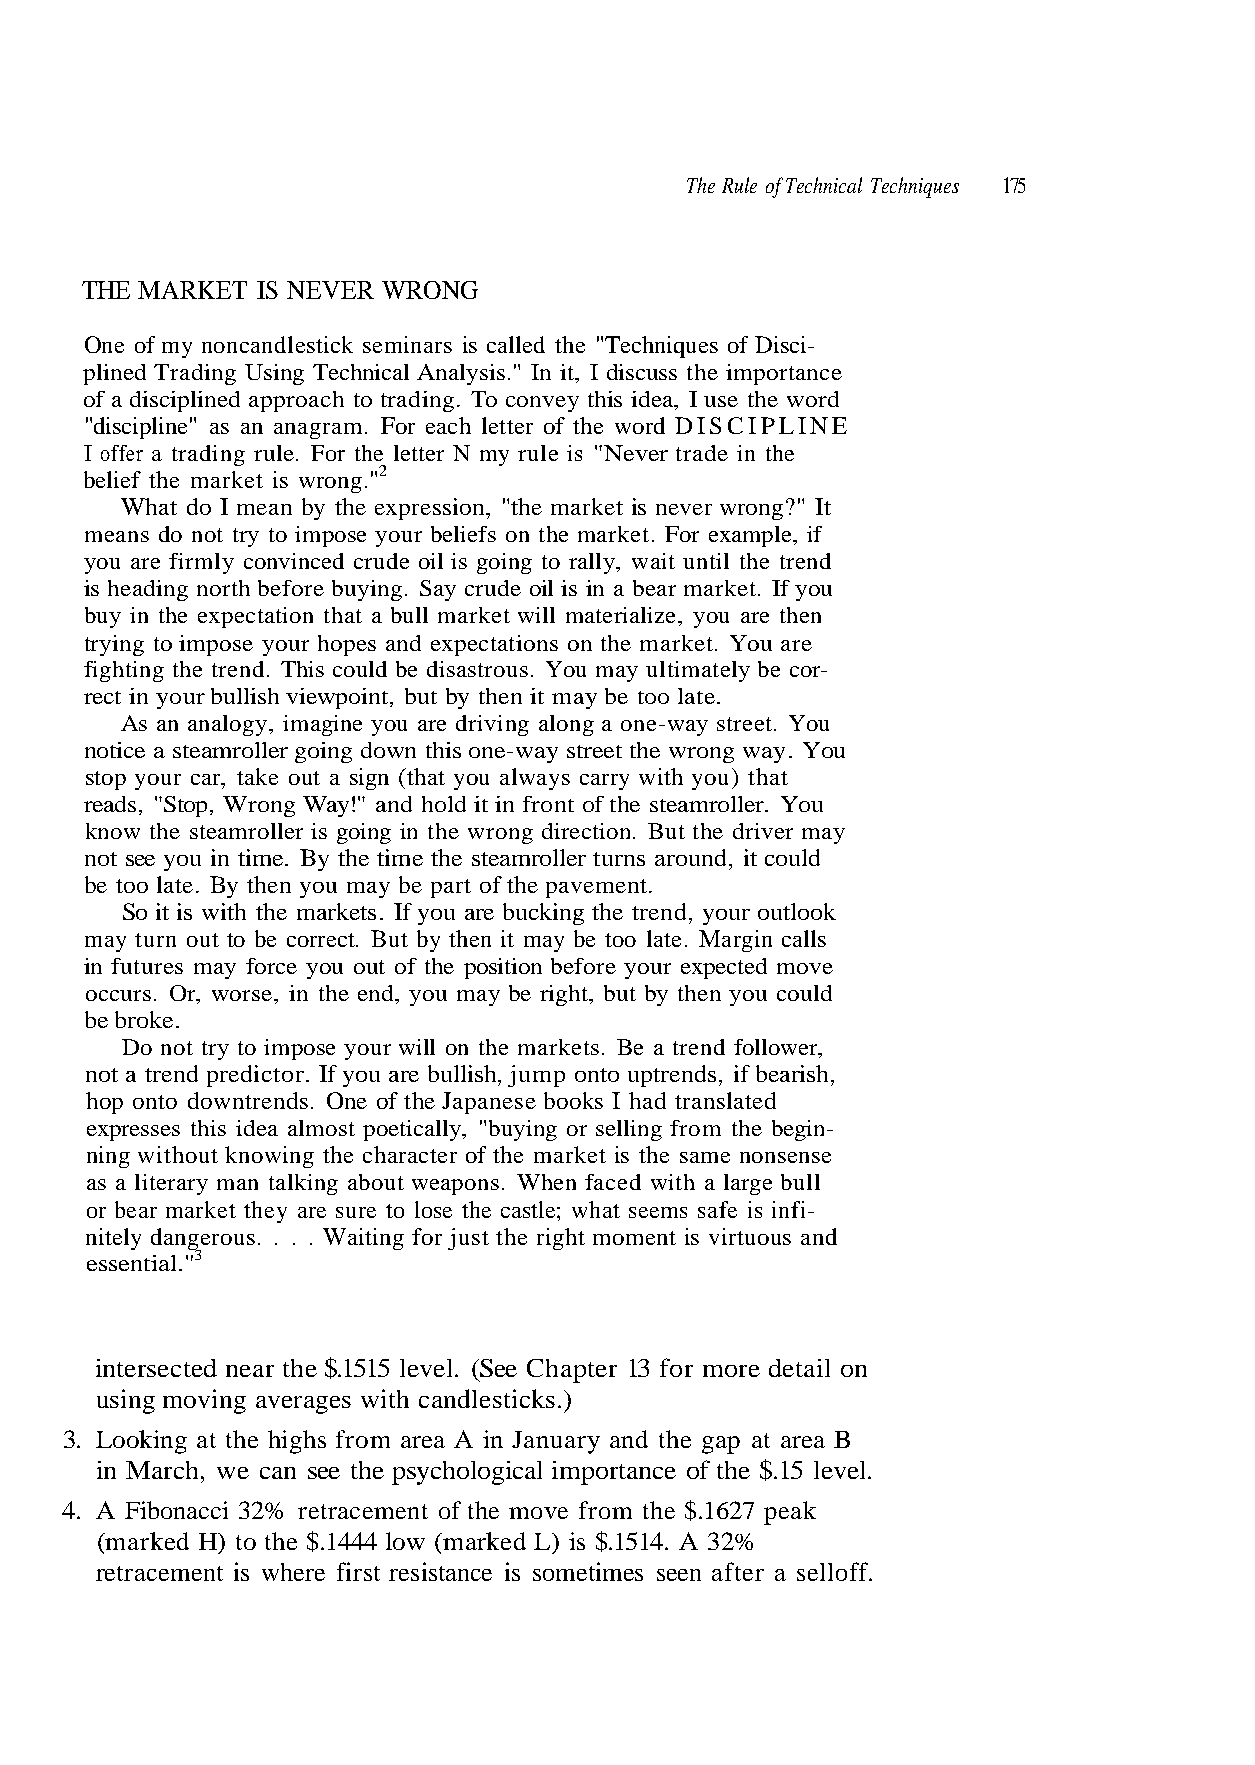
THE MARKET  IS NEVER WRONG
 One of my noncandlestick seminars is called the "Techniques of Disci-
 of a disciplined approach to trading. To convey this idea, I use the word
 I offer a trading rule. For the letter N my rule is "Never trade in the
 belief the market is wrong."2
 What do I mean by the expression, "the market is never wrong?" It
 means do not try to impose your beliefs on the market. For example, if
 you are firmly convinced crude oil is going to rally, wait until the trend
 is heading north before buying. Say crude oil is in a bear market. If you
 buy in the expectation that a bull market will materialize, you are then
 trying to impose your hopes and expectations on the market. You are
 rect in your bullish viewpoint, but by then it may be too late.
 stop your car, take out a sign (that you always carry with you) that
 know the steamroller is going in the wrong direction. But the driver may
 be too late. By then you may be part of the pavement.
 So it is with the markets. If you are bucking the trend, your outlook
 may turn out to be correct. But by then it may be too late. Margin calls
 occurs. Or, worse, in the end, you may be right, but by then you could
 be broke.
 not a trend predictor. If you are bullish, jump onto uptrends, if bearish,
 as a literary man talking about weapons. When faced with a large bull
 nitely dangerous. . . . Waiting for just the right moment is virtuous and
 essential."3
 intersected near the $.1515 level. (See Chapter 13 for more detail on
 3. Looking at the highs from area A in January and the gap at area B
 in March, we can see the psychological importance of the $.15 level.
 4. A Fibonacci 32% retracement of the move from the $.1627 peak
 (marked H) to the $.1444 low (marked L) is $.1514. A 32%
 - n i g e b e h t m o
 r,
 r
 e
 f
 w
 g
 o
 n
 foll
 elli
 nfi-
 off.
 end
 or s
 e is i
 sell
 r
 f
 a
 a t
 ng
 s sa
 ter
 r-
 Be
 yi
 em
 af
 o
 u
 e
 n
 e c
 .
 b
 s
 ee
 plined Trading Using Technical Analysis." In it, I discuss the importance
 "discipline" as an anagram. For each letter of the word DISCIPLINE
 fighting the trend. This could be disastrous. You may ultimately b
 As an analogy, imagine you are driving along a one-way street. You
 notice a steamroller going down this one-way street the wrong way. You
 reads, "Stop, Wrong Way!" and hold it in front of the steamroller. You
 not see you in time. By the time the steamroller turns around, it could
 in futures may force you out of the position before your expected move
 Do not try to impose your will on the markets
 hop onto downtrends. One of the Japanese books I had translated
 expresses this idea almost poetically, "
 ning without knowing the character of the market is the same nonsense
 or bear market they are sure to lose the castle; what
 using moving averages with candlesticks.)
 retracement is where first resistance is sometimes s
 175 The Rule of Technical Techniques